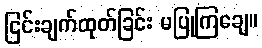
ငြင်းချက်ထုတ်ခြင်း မပြုကြချေ။